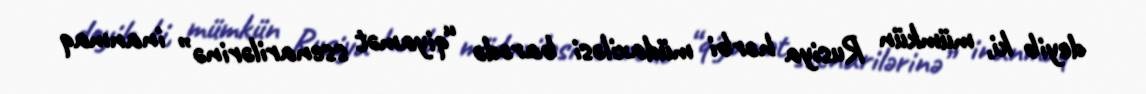
deyib ki, mümkün Rusiya hərbi müdaxiləsi barədə “qiyamət ssenarilərinə” inanmaq